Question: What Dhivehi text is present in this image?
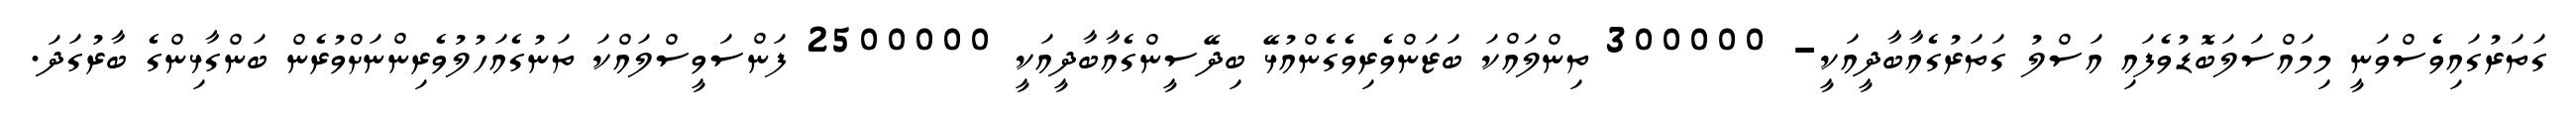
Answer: ގަތަރުގައިވެސްވަނީ މިމައްސަލަބޮޑުވެފައި އަސްލު ގަތަރުގެއާބާދީއަކީ- 300000 ތިންލައްކަ ބަޒަންވެރިވެގެންއުޅޭ ބިދޭސީންގެއާބާދީއަކީ 2500000 ފަންސަވީސްލައްކަ ތަނުގެއަހުލުވެރިންނަށްވުރެން ބަންގާޅިންގެ ބާރުގަދަ.